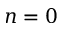
n = 0